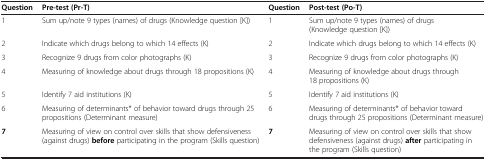
<table><thead><tr><td><b>Question</b></td><td><b>Pre-test (Pr-T)</b></td><td><b>Question</b></td><td><b>Post-test (Po-T)</b></td></tr></thead><tbody><tr><td>1</td><td>Sum up/note 9 types (names) of drugs (Knowledge question [K])</td><td>1</td><td>Sum up/note 9 types (names) of drugs (Knowledge question [K])</td></tr><tr><td>2</td><td>Indicate which drugs belong to which 14 effects (K)</td><td>2</td><td>Indicate which drugs belong to which 14 effects (K)</td></tr><tr><td>3</td><td>Recognize 9 drugs from color photographs (K)</td><td>3</td><td>Recognize 9 drugs from color photographs (K)</td></tr><tr><td>4</td><td>Measuring of knowledge about drugs through 18 propositions (K)</td><td>4</td><td>Measuring of knowledge about drugs through 18 propositions (K)</td></tr><tr><td>5</td><td>Identify 7 aid institutions (K)</td><td>5</td><td>Identify 7 aid institutions (K)</td></tr><tr><td>6</td><td>Measuring of determinants* of behavior toward drugs through 25 propositions (Determinant measure)</td><td>6</td><td>Measuring of determinants* of behavior toward drugs through 25 propositions (Determinant measure)</td></tr><tr><td><b>7</b></td><td>Measuring of view on control over skills that show defensiveness (against drugs) <b>before</b> participating in the program (Skills question)</td><td><b>7</b></td><td>Measuring of view on control over skills that show defensiveness (against drugs) <b>after</b> participating in the program (Skills question)</td></tr></tbody></table>